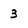
Character: 3